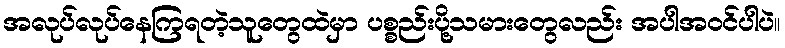
အလုပ်လုပ်နေကြရတဲ့သူတွေထဲမှာ ပစ္စည်းပို့သမားတွေလည်း အပါအဝင်ပါပဲ။